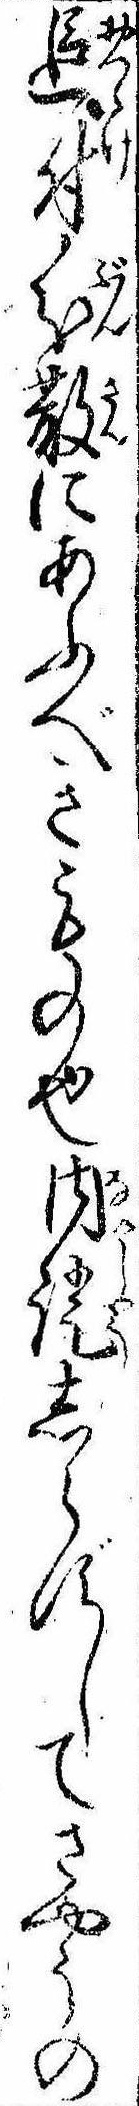
追付分散にあふべきもの也内証しらずしてさやうの